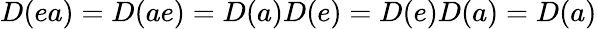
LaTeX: D(ea)=D(ae)=D(a)D(e)=D(e)D(a)=D(a)